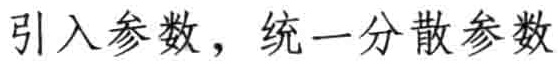
引入参数，统一分散参数